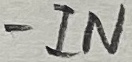
Text: -IN